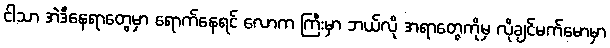
ငါသာ အဲဒီနေရာတွေမှာ ရောက်နေရင် လောက ကြီးမှာ ဘယ်လို အရာတွေကိုမှ လိုချင်မက်မောမှာ